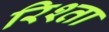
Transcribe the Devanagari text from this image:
रिश्‍ता